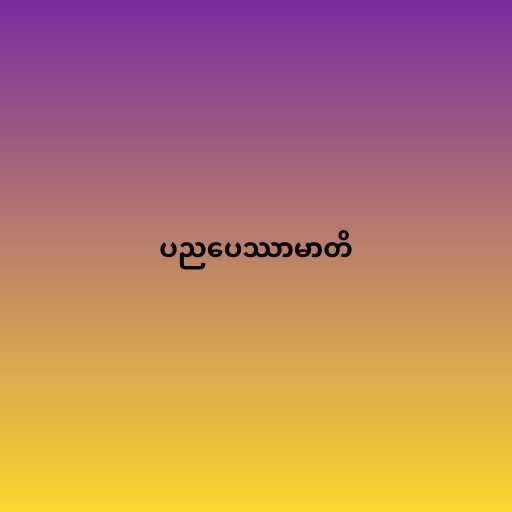
ပညပေဿာမာတိ